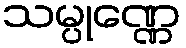
သမ္ပုဏ္ဏေ